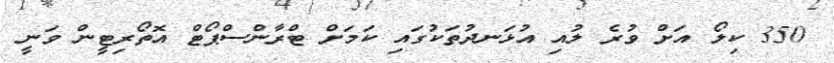
350 ކިލޯ އަށް ވުރެ ލުއި އުޅަނދުތަކުގައި ކަމަށް ޓްރާންސްޕޯޓް އޮތޯރިޓީން ވަނީ